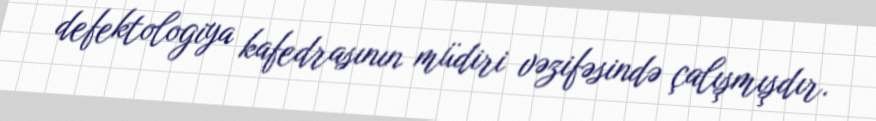
defektologiya kafedrasının müdiri vəzifəsində çalışmışdır.